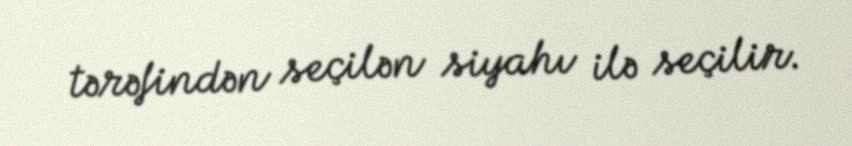
tərəfindən seçilən siyahı ilə seçilir.